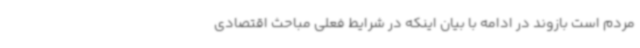
مردم است بازوند در ادامه با بیان اینکه در شرایط فعلی مباحث اقتصادی